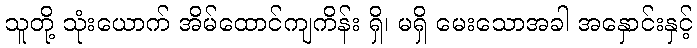
သူတို့ သုံးယောက် အိမ်ထောင်ကျကိန်း ရှိ၊ မရှိ မေးသောအခါ အနှောင်းနှင့်